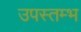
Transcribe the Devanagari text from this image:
उपस्तम्भ